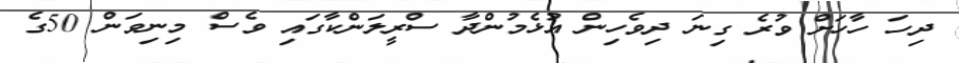
ދިހަ ހާހަށް ވުރެ ގިނަ ދިވެހިން އުޅެމުންދާ ސްރީލަންކާގައި ވެސް މިނިވަން 50ގެ